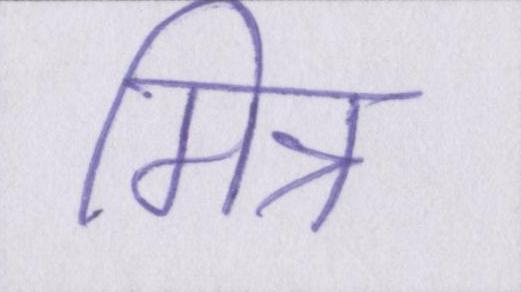
मित्र